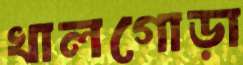
খালগোড়া